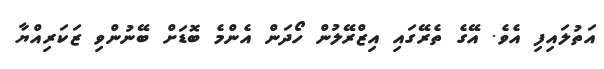
އަތުލައިފި އެވެ. އޭގެ ތެރޭގައި އިޒްރޭލުން ހޯދަން އެންމެ ބޮޑަށް ބޭނުންވި ޒަކަރިއްޔާ